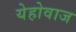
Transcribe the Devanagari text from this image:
येहोवाज